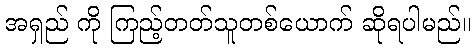
အရှည် ကို ကြည့်တတ်သူတစ်ယောက် ဆိုရပါမည်။